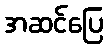
အဆင်ပြေ